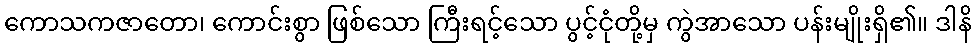
ကောသကဇာတော၊ ကောင်းစွာ ဖြစ်သော ကြီးရင့်သော ပွင့်ငုံတို့မှ ကွဲအာသော ပန်းမျိုးရှိ၏။ ဒါနိ